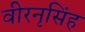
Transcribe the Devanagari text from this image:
वीरनृसिंह